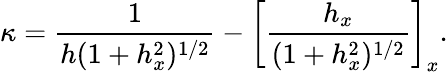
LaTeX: \kappa=\frac{1}{h(1+h_{x}^{2})^{1/2}}-\left[\frac{h_{x}}{(1+h_{x}^{2})^{1/2}}\right]_{x}.